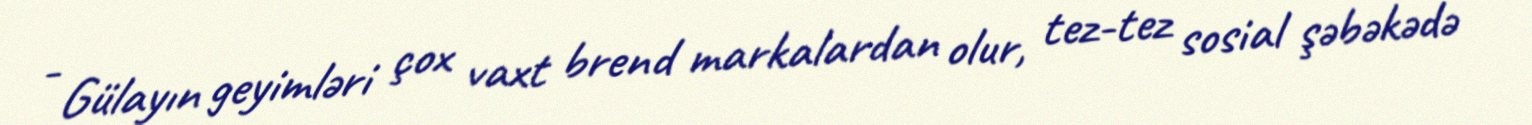
- Gülayın geyimləri çox vaxt brend markalardan olur, tez-tez sosial şəbəkədə